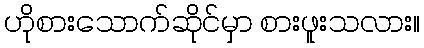
ဟိုစားသောက်ဆိုင်မှာ စားဖူးသလား။